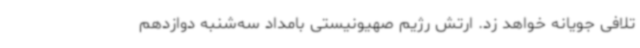
تلافی جویانه خواهد زد. ارتش رژیم صهیونیستی بامداد سه‌شنبه دوازدهم